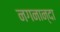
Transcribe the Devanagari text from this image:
नगनान्दा